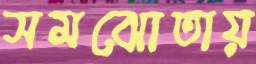
সমঝোতায়